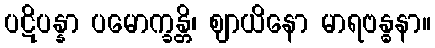
ပဋိပန္နာ ပမောက္ခန္တိ၊ ဈာယိနော မာရဗန္ဓနာ။